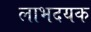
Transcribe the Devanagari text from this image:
लाभदयक